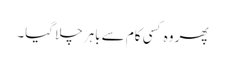
پھر وہ کسی کام سے باہر چلا گیا۔